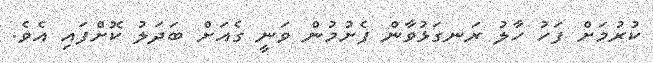
ކުރުމަށް ފަހު ހާލު ރަނގަޅުވާން ފެށުމުން ވަނީ ގެއަށް ބަދަލު ކޮށްފައި އެވެ.